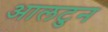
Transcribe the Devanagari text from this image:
आलटुन